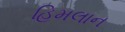
હિમલાન